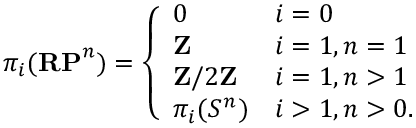
\pi _ { i } ( \mathbf { R P } ^ { n } ) = { \left\{ \begin{array} { l l } { 0 } & { i = 0 } \\ { \mathbf { Z } } & { i = 1 , n = 1 } \\ { \mathbf { Z } / 2 \mathbf { Z } } & { i = 1 , n > 1 } \\ { \pi _ { i } ( S ^ { n } ) } & { i > 1 , n > 0 . } \end{array} \right. }